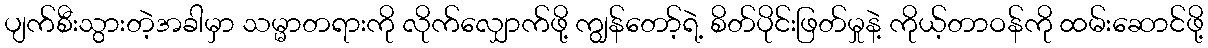
ပျက်စီးသွားတဲ့အခါမှာ သမ္မာတရားကို လိုက်လျှောက်ဖို့ ကျွန်တော့်ရဲ့ စိတ်ပိုင်းဖြတ်မှုနဲ့ ကိုယ့်တာဝန်ကို ထမ်းဆောင်ဖို့